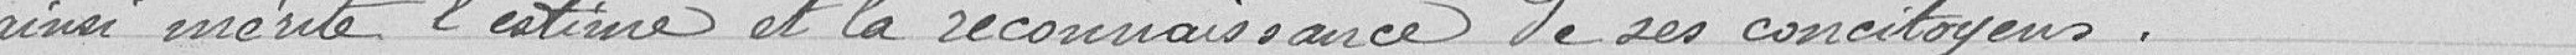
ainsi mérité l'estime et la reconnaissance de ses concitoyens.